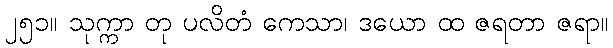
၂၅၁။ သုက္ကာ တု ပလိတံ ကေသာ၊ ဒယော ထ ဇရတာ ဇရာ။